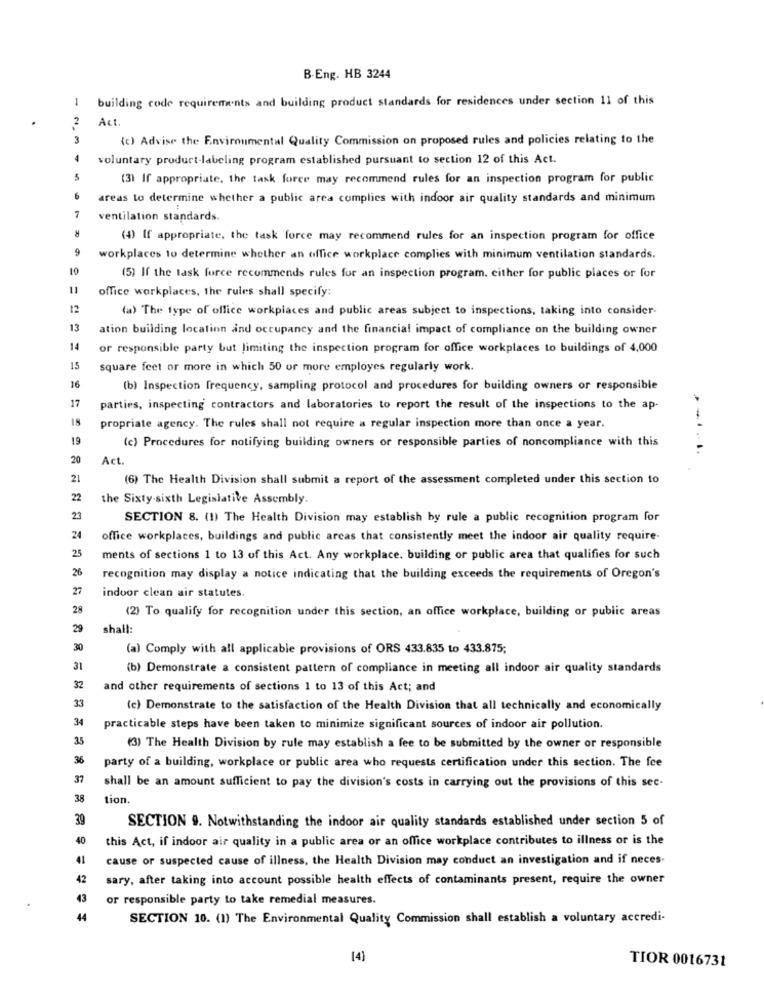
B-Eng. HB 3244
1
building code requirements and building product standards for residences under section 11 of this
Act.
(c) Advise the Environmental Quality Commission on proposed rules and policies relating to the
voluntary product-labeling program established pursuant to section 12 of this Act.
(3) If appropriate, the task force may recommend rules for an inspection program for public
areas to determine whether a public area complies with indoor air quality standards and minimum
7
ventilation standards.
(4) If appropriate, the task force may recommend rules for an inspection program for office
9
workplaces to determine whether an office workplace complies with minimum ventilation standards.
10
(5) If the task force recommends rules for an inspection program. either for public places or for
11
office workplaces, the rules shall specify:
12
(a) The type of office workplaces and public areas subject to inspections, taking into consider-
13
ation building location and occupancy and the financial impact of compliance on the building owner
14
or responsible party but limiting the inspection program for office workplaces to buildings of 4,000
15
square feet or more in which 50 or more employes regularly work.
16
(b) Inspection frequency, sampling protocol and procedures for building owners or responsible
17
parties, inspecting contractors and laboratories to report the result of the inspections to the ap-
18
propriate agency. The rules shall not require a regular inspection more than once a year.
19
(c) Procedures for notifying building owners or responsible parties of noncompliance with this
20
Act.
21
(6) The Health Division shall submit a report of the assessment completed under this section to
22
the Sixty-sixth Legislative Assembly.
23
SECTION 8. (1) The Health Division may establish by rule a public recognition program for
24
office workplaces, buildings and public areas that consistently meet the indoor air quality require-
25
ments of sections 1 to 13 of this Act. Any workplace. building or public area that qualifies for such
26
recognition may display a notice indicating that the building exceeds the requirements of Oregon's
27
indoor clean air statutes.
28
(2) To qualify for recognition under this section, an office workplace, building or public areas
29
shall:
30
(a) Comply with all applicable provisions of ORS 433.835 to 433.875;
31
(b) Demonstrate a consistent pattern of compliance in meeting all indoor air quality standards
32
and other requirements of sections 1 to 13 of this Act; and
33
(c) Demonstrate to the satisfaction of the Health Division that all technically and economically
34
practicable steps have been taken to minimize significant sources of indoor air pollution.
35
(3) The Health Division by rule may establish a fee to be submitted by the owner or responsible
36
party of a building, workplace or public area who requests certification under this section. The fee
37
shall be an amount sufficient to pay the division's costs in carrying out the provisions of this sec-
38
tion.
30
SECTION 9. Notwithstanding the indoor air quality standards established under section 5 of
40
this Act, if indoor air quality in a public area or an office workplace contributes to illness or is the
41
cause or suspected cause of illness, the Health Division may conduct an investigation and if neces.
42
sary, after taking into account possible health effects of contaminants present, require the owner
43
or responsible party to take remedial measures.
44
SECTION 10. (1) The Environmental Quality Commission shall establish a voluntary accredi-
[4]
TIOR 0016731